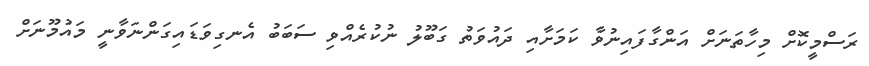
ރަސްމީކޮށް މިހާތަނަށް އަންގާފައިނުވާ ކަމަށާއި ދައުވަތު ގަބޫލު ނުކުރެއްވި ސަބަބު އެނގިވަޑައިގަންނަވާނީ މައުމޫނަށް